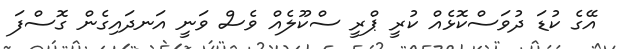
އޭގެ ކުޑަ ދުވަސްކޮޅެއް ކުރީ ޕްރީ ސްކޫލެއް ވެސް ވަނީ އަނދައިގެން ގޮސްފަ